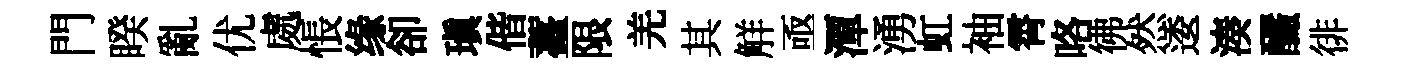
門睽亂优處悵缘卻瑱偕薹限羌其觧亟潭湧虹袖霄咯彿然逶湊釅徘